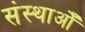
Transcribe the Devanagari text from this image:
संस्थाओँ